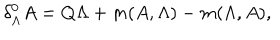
\delta _ { \Lambda } ^ { 0 } A = Q \Lambda + m ( A , \Lambda ) - m ( \Lambda , A ) ,